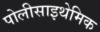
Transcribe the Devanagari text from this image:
पोलीसाइथेमिक